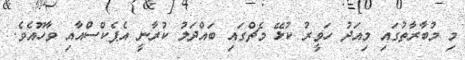
މި މުބާރާތުގައި މިއަދު ހަވީރު ކުޅޭ މެޗްގައި ބައްދަލު ކުރާނީ އެޕެކްސްއާއި ވާހޫއެވެ.